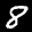
Label: 8